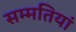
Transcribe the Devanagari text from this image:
सम्मतियां